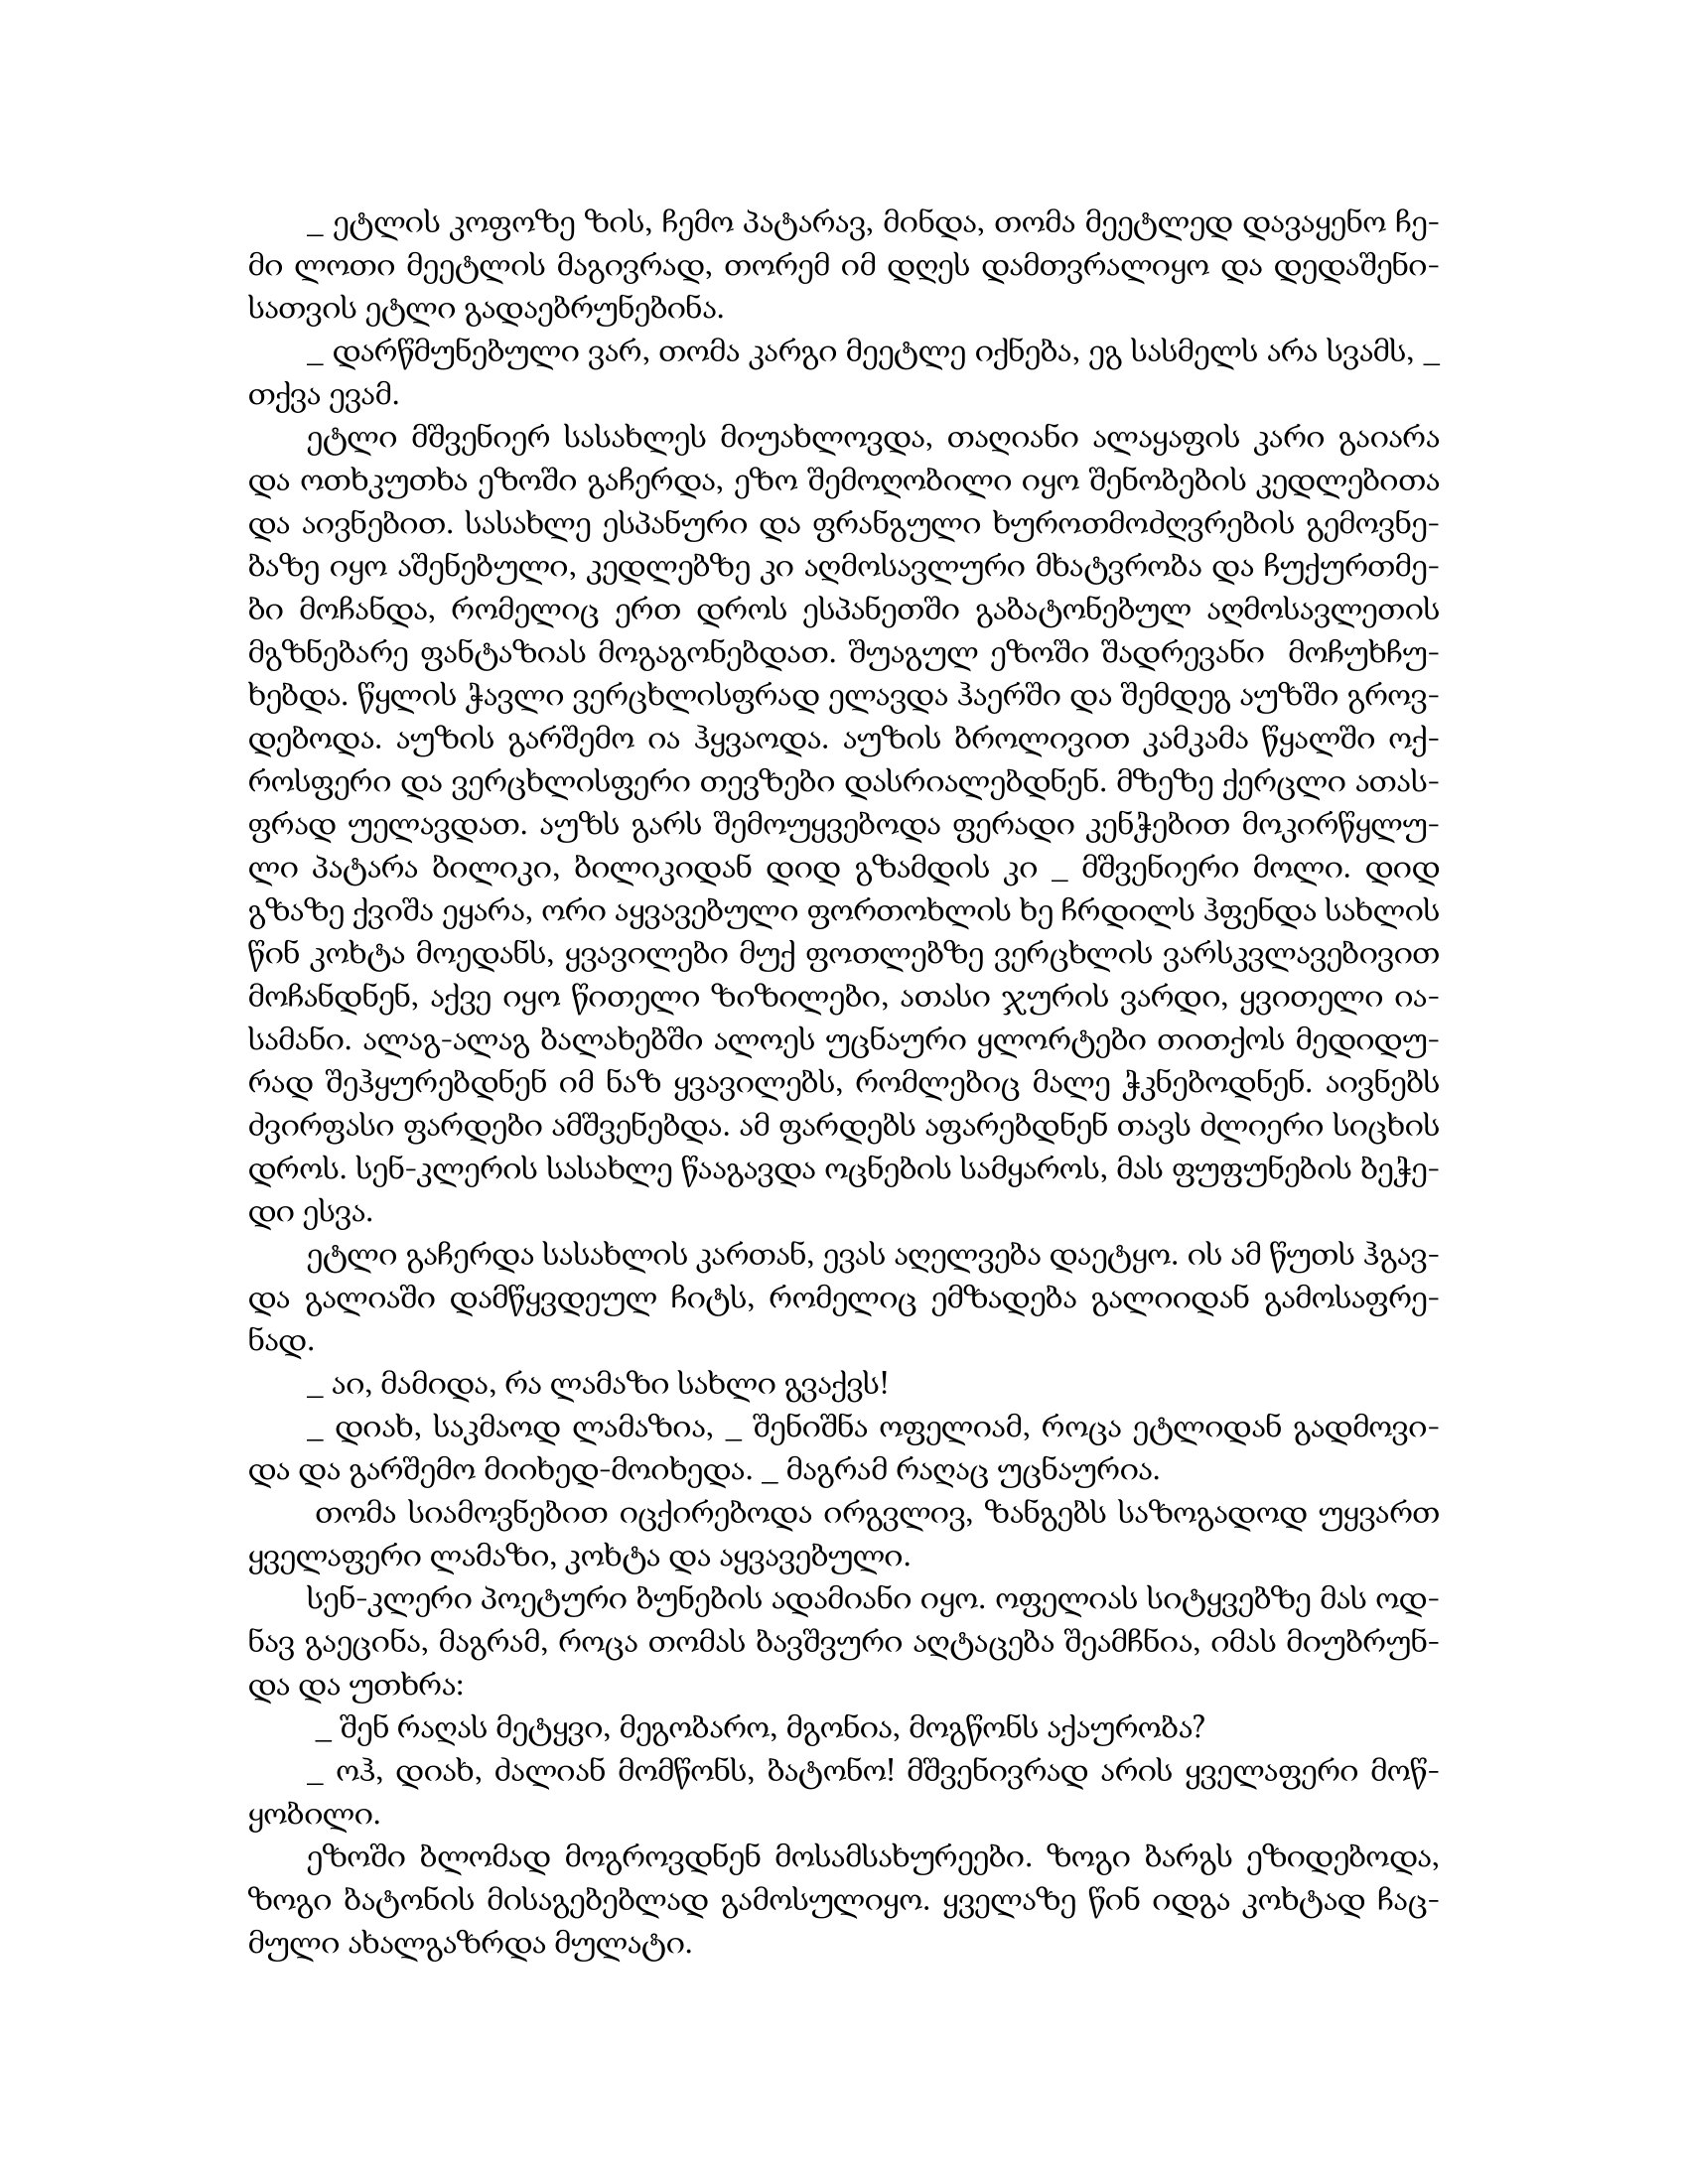
Language: gr